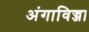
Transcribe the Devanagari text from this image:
अंगाविज्जा